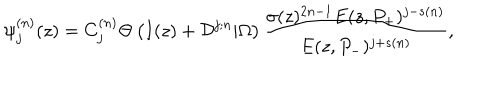
\psi _ { j } ^ { ( n ) } ( z ) = C _ { j } ^ { ( n ) } \Theta \left( I ( z ) + { \cal D } ^ { j ; n } | \Omega \right) { \frac { \sigma ( z ) ^ { 2 n - 1 } E ( z , P _ { + } ) ^ { j - s ( n ) } } { E ( z , P _ { - } ) ^ { j + s ( n ) } } } ,